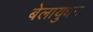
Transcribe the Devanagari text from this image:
बेलायुधन